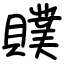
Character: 贌